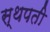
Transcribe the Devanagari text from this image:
स्थपती